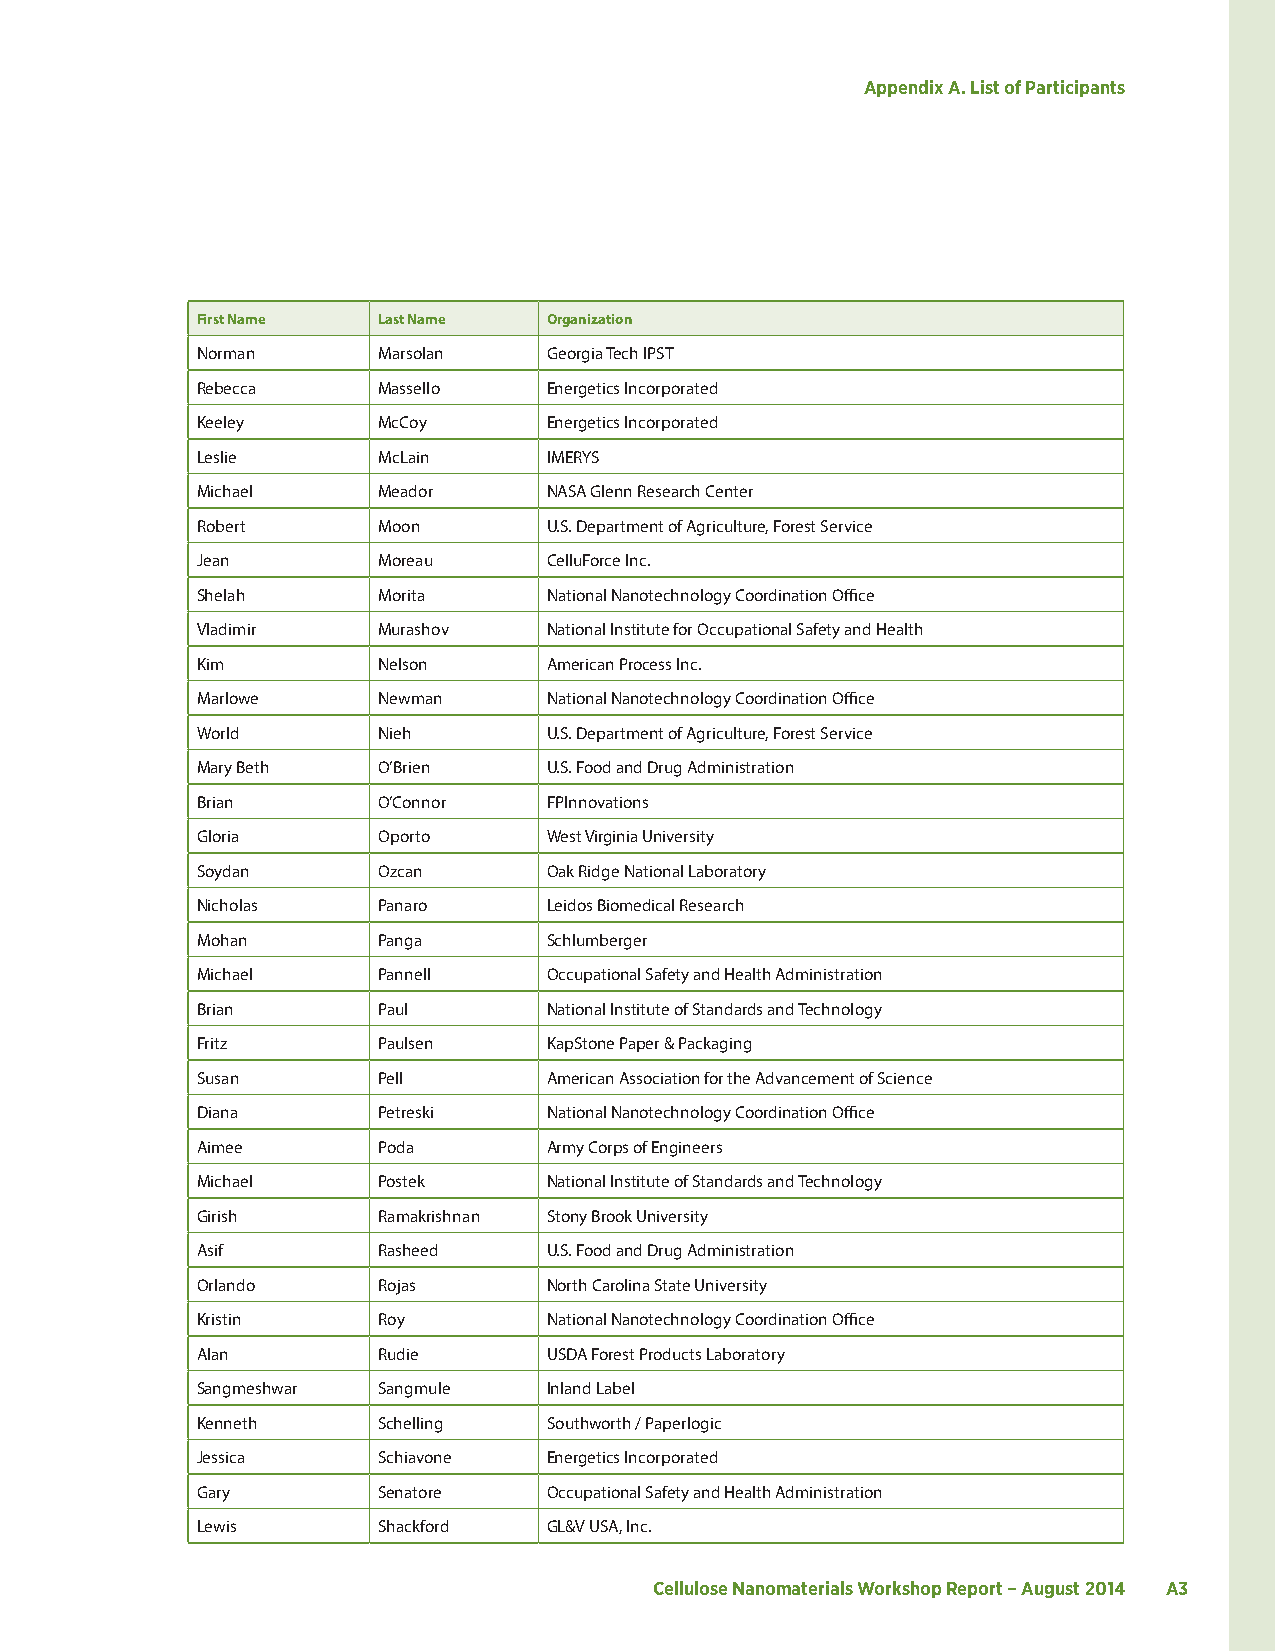
Appendix A. List of Participants
 First Name  Last Name  Organization
 Norman      Marsolan   Georgia Tech IPST
 Rebecca     Massello   Energetics Incorporated
 Keeley      McCoy      Energetics Incorporated
 Leslie      McLain     IMERYS
 Michael     Meador     NASA Glenn Research Center
 Robert      Moon       U.S. Department of Agriculture, Forest Service
 Jean        Moreau     CelluForce Inc.
 Shelah      Morita     National Nanotechnology Coordination Office
 Vladimir    Murashov   National Institute for Occupational Safety and Health
 Kim         Nelson     American Process Inc.
 Marlowe     Newman     National Nanotechnology Coordination Office
 World       Nieh       U.S. Department of Agriculture, Forest Service
 Mary Beth   O’Brien    U.S. Food and Drug Administration
 Brian       O’Connor   FPInnovations
 Gloria      Oporto     West Virginia University
 Soydan      Ozcan      Oak Ridge National Laboratory
 Nicholas    Panaro     Leidos Biomedical Research
 Mohan       Panga      Schlumberger
 Michael     Pannell    Occupational Safety and Health Administration
 Brian       Paul       National Institute of Standards and Technology
 Fritz       Paulsen    KapStone Paper & Packaging
 Susan       Pell       American Association for the Advancement of Science
 Diana       Petreski   National Nanotechnology Coordination Office
 Aimee       Poda       Army Corps of Engineers
 Michael     Postek     National Institute of Standards and Technology
 Girish      Ramakrishnan Stony Brook University
 Asif        Rasheed    U.S. Food and Drug Administration
 Orlando     Rojas      North Carolina State University
 Kristin     Roy        National Nanotechnology Coordination Office
 Alan        Rudie      USDA Forest Products Laboratory
 Sangmeshwar Sangmule   Inland Label
 Kenneth     Schelling  Southworth / Paperlogic
 Jessica     Schiavone  Energetics Incorporated
 Gary        Senatore   Occupational Safety and Health Administration
 Lewis       Shackford  GL&V USA, Inc.
 Cellulose Nanomaterials Workshop Report – August 2014 A3